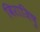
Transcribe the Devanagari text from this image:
विराजिषु